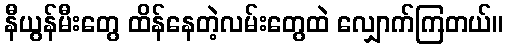
နီယွန်မီးတွေ ထိန်နေတဲ့လမ်းတွေထဲ လျှောက်ကြတယ်။